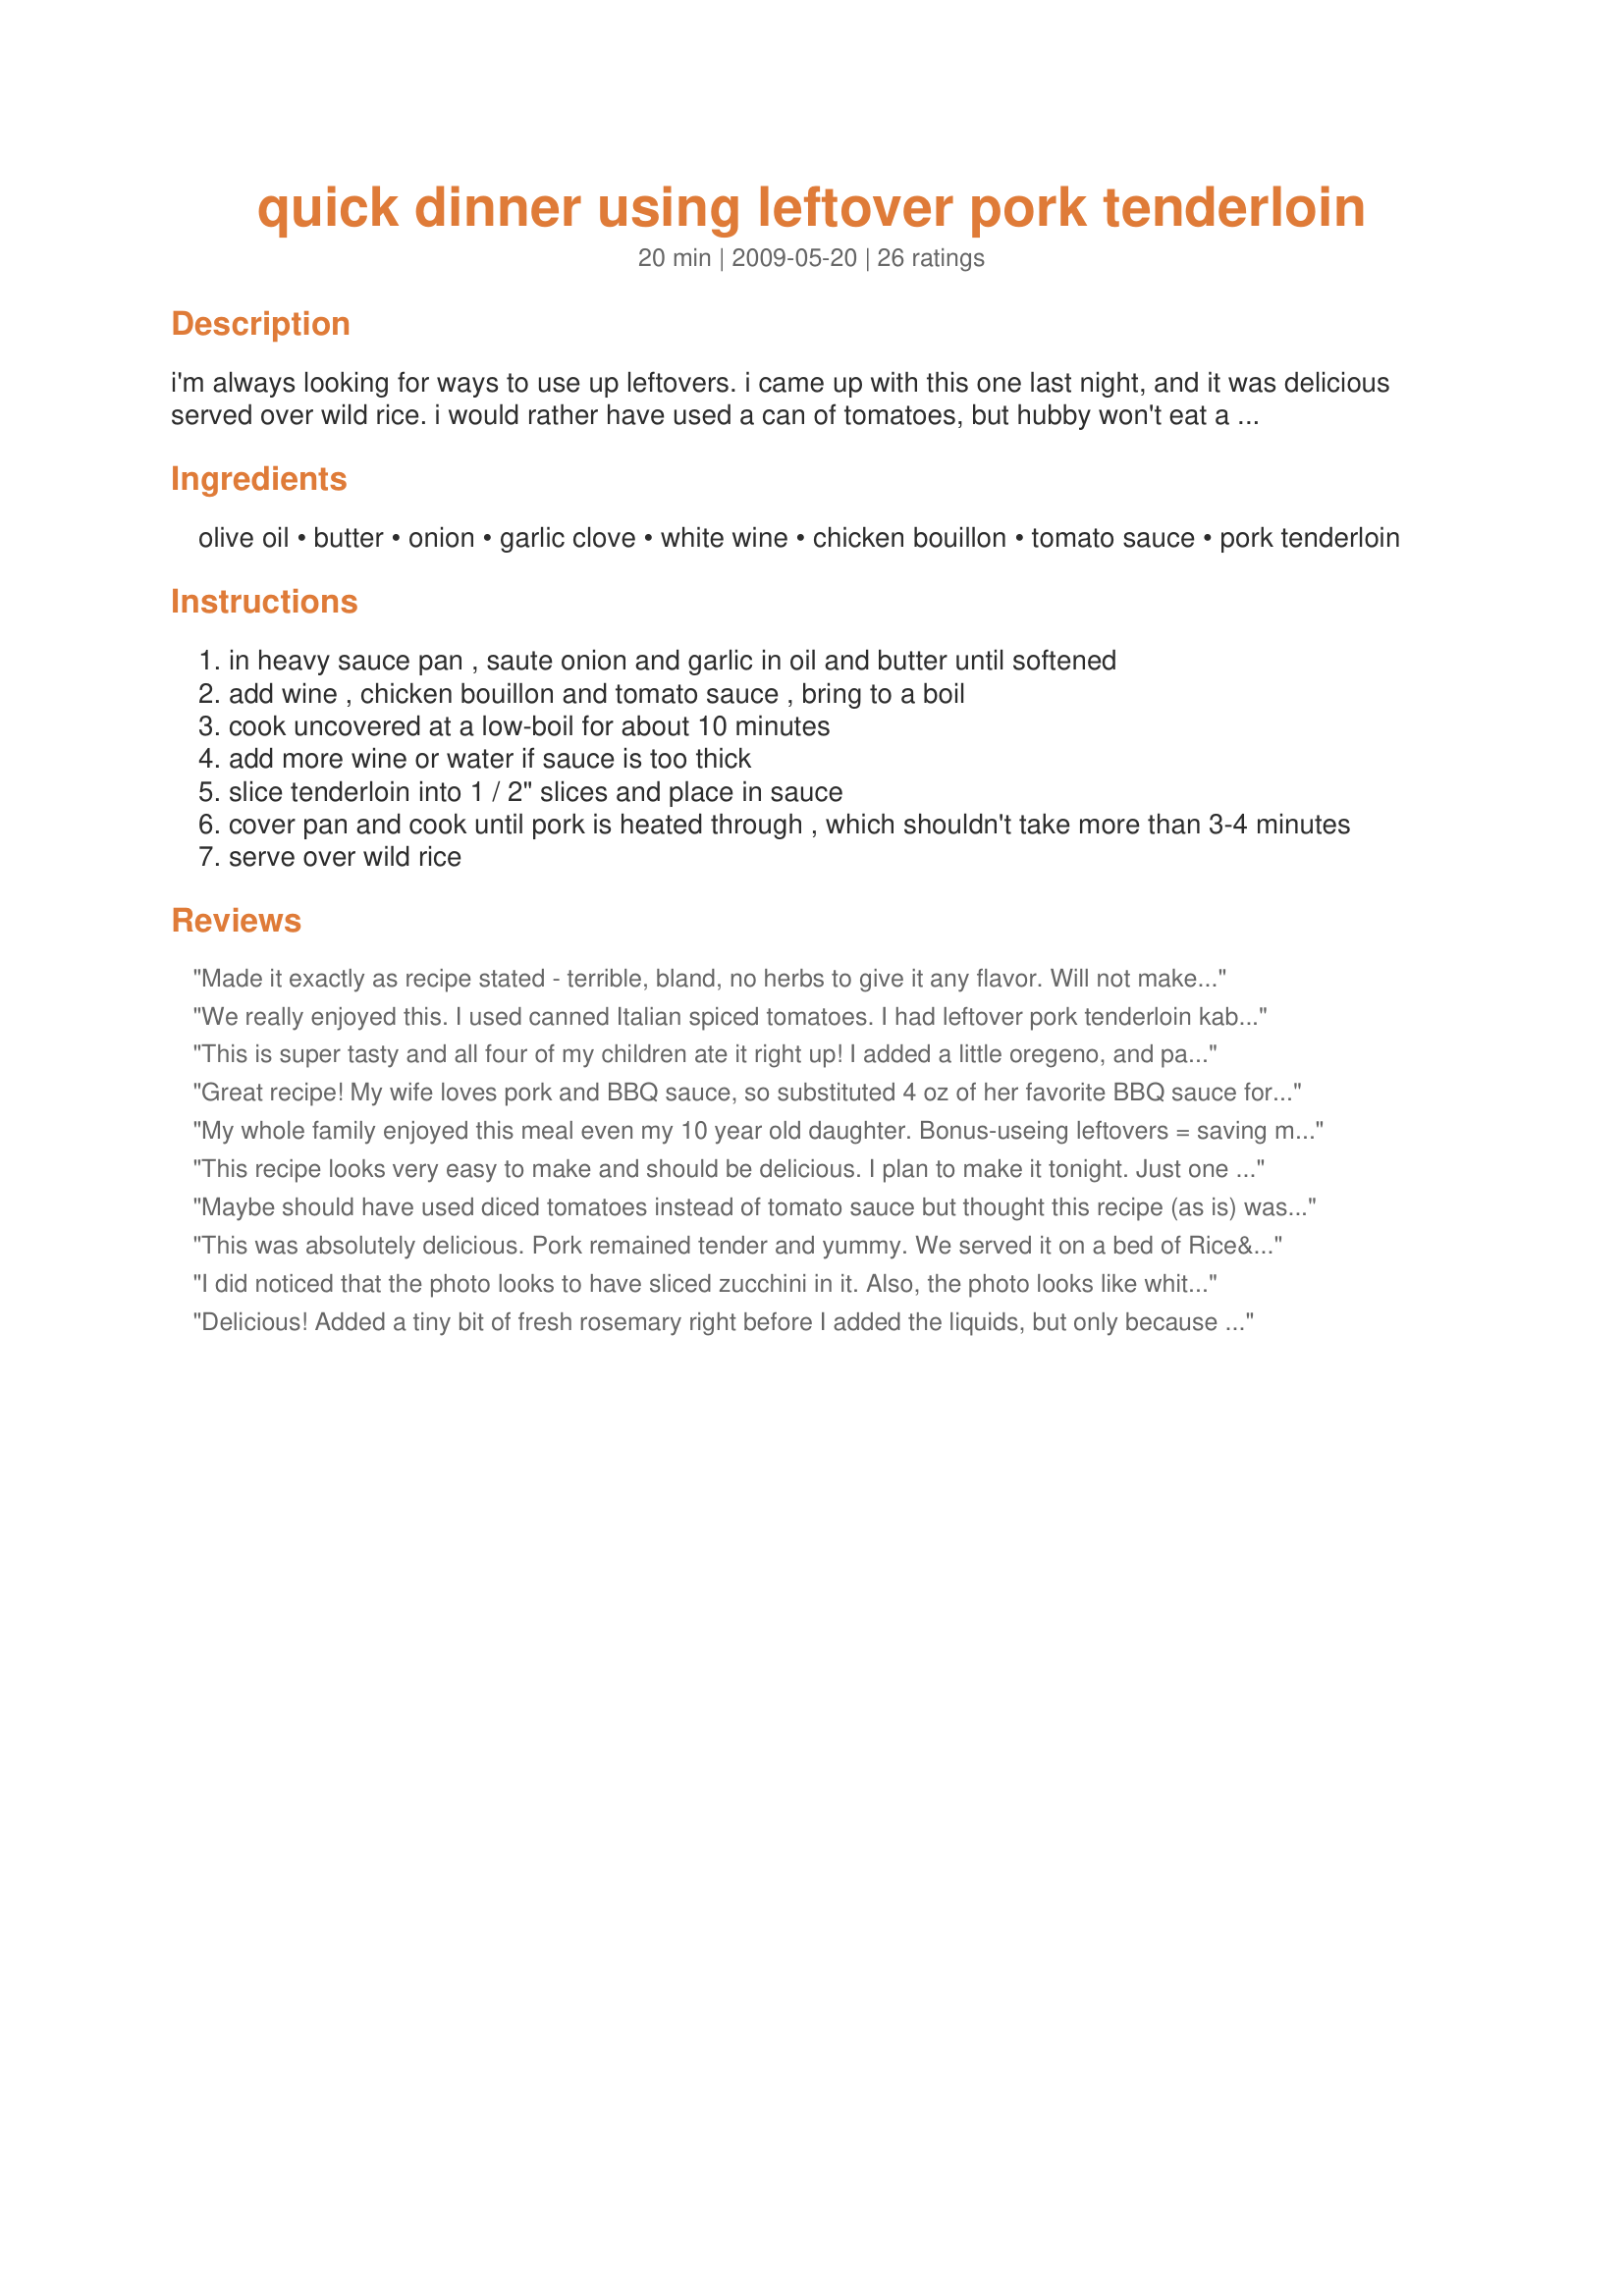
quick dinner using leftover pork tenderloin
Preparation time: 20 minutes

i'm always looking for ways to use up leftovers. i came up with this one last night, and it was delicious served over wild rice. i would rather have used a can of tomatoes, but hubby won't eat a cooked tomato that he can actually see...oh well!

Ingredients:
olive oil, butter, onion, garlic clove, white wine, chicken bouillon, tomato sauce, pork tenderloin

Steps:
in heavy sauce pan , saute onion and garlic in oil and butter until softened
add wine , chicken bouillon and tomato sauce , bring to a boil
cook uncovered at a low-boil for about 10 minutes
add more wine or water if sauce is too thick
slice tenderloin into 1 / 2" slices and place in sauce
cover pan and cook until pork is heated through , which shouldn't take more than 3-4 minutes
serve over wild rice

Reviews:
Made it exactly as recipe stated - terrible, bland, no herbs to give it any flavor. Will not make again.
We really enjoyed this. I used canned Italian spiced tomatoes. I had leftover pork tenderloin kabobs and some leftover grilled veggies. I used chicken broth instead of a boullion cube and wine. Before throwing in the pork and grilled vegetables, I added a couple of handfuls of uncooked no-yolk egg noodles, with some additional broth to compensate for the noodles. When the noodles were almost tender I added the pork and veggies and cooked until warmed through. Tasty one pot meal.
This is super tasty and all four of my children ate it right up! I added a little oregeno, and parsley, and topped with zucchini pan seared in butter, garlic and salt.
Great recipe! My wife loves pork and BBQ sauce, so substituted 4 oz of her favorite BBQ sauce for the tomato sauce and she loved it.
My whole family enjoyed this meal even my 10 year old daughter. Bonus-useing leftovers = saving money!
:-D It adds up.
This recipe looks very easy to make and should be delicious. I plan to make it tonight. Just one thing...I believe the garlic clove should be minced and sauteed along with the onion. Where's the garlic?!!!!
Maybe should have used diced tomatoes instead of tomato sauce but thought this recipe (as is) was bitter and had a terrible aftertaste. Added a dash of Worchestershire Sauce, 1-2 tsp of brown sugar (to off-set the bitterness) and approx 1/2 cup sour cream (to smooth out the taste). Still not great but hope it mellows as it sits. May be calling for pizza if noses start turning up at the dinner table.
This was absolutely delicious. Pork remained tender and yummy. We served it on a bed of Rice&#039;a&#039;roni&#039;s long grain and wild rice. Even my 15 month old loved it! I will be making this again and again.
I did noticed that the photo looks to have sliced zucchini in it. Also, the photo looks like white rice instead of wild rice.Ingredients don't reflect that. Trying the recipe now.
Delicious! Added a tiny bit of fresh rosemary right before I added the liquids, but only because I discovered I was out of garlic (gasp!). Really, really tasty. Both kids had seconds. The best thing about this recipe is that my leftover pork did not taste like leftover pork, for the first time ever. :)
This was really good! I had a whole pork tenderloin left over and now it&#039;s all gone! I did make a couple of changes, only because I didn&#039;t have everything on hand. I left out the onion and I used beef granules instead of chicken. It turned out really good! I put it over cauliflower mash for me and white rice for my kiddos that haven&#039;t acquired the taste for cauliflower quite yet. This recipe is saved for sure!
I was looking for a recipe to use up some leftover pork loin and this was a good solution. I used a can of diced tomatoes rather than the sauce, and to make it a little heartier, I added a can of Great Northern beans (rinsed), as I was simmering the sauce. I also added some crushed, dried rosemary to the onions and garlic during step #1. Turned out well.
I used a cheap Chardonnay (Rex-Goliath), diced the tenderloin and onions, added diced zucchini and served over quinoa. Loved it!
I followed the recipe right up until I also added thinly sliced zucchini and yellow squash. I also minced 2 garlic cloves. Wonderful and so fast and easy!! Thanks
Over the weekend I grilled a huge pork tenderloin. I seasoned it very simply because I knew I would want to transform it some during the week. I made this last night; the only change was to add some Italian seasonings. Yum! Will be making this again the next time I have leftover pork!
Quick, easy, and tasty as promised. I served with risotto.
This recipe was perfect! I believe you should follow a recipe before you decide to change it. You can tweak it the next time around. I did fear this would have a heavy tomato taste and it did not at all. I followed it, loved it and when I made it again, I "changed" it, added another garlic clove, nothing more. I'm making it again tonight for chicken. Leftover pork is always horrible reheated in any way. This recipe will save a lot of pork from being thrown out as tasteless left-overs. This sauce is a keeper, exactly the way it is presented. I use Knorr chicken bullion only. It's soft enough to press into a measuring spoon. I use a garlic press for most recipes. Add garlic for several seconds before adding liquid. No chance in it burning that way. If you don't follow the recipe exactly, you will never know how good this tastes.
This was great! It was so easy and very tasty! At first the family looked at it like - oh no what is this, but after they had a bite decided it was terrific. Thank you.
Oh.My.Goodness.This.Is.Fantastic!! I made this recipe exactly except we used home-canned pork (Boston butt) and doubled the recipe. Really, I can't express just how good this tasted and lunch the next day was even better. I cannot wait to make this again. Thank you so much. I might give your idea of a can of tomatoes a go next time just to see how it tuns out. Awesome recipe puppitypup!!
I made this for my picky eater he ate 2nds I added some pasta omitted the rice this was a big hit I will be making this again thank you so much for posting
Love this recipe! What a great way to use any leftover meat. I made a few changes: omitted the butter and halved the boullion (I didn't have a low sodium option); added some yellow pepper slices, red pepper flakes, and ended with some chopped green onions. Was mainly trying to use things in the refrigerator. I also took her advice & used a can of diced tomatoes instead of the sauce (as we love tomatoes!) I added a teaspoon of tomato paste. What a delicious meal! I just had the leftovers for lunch today. Yummo. <br/><br/>Thanks puppitypup!
I made this tonight for my family with tenderloin we grilled a few nights ago. I used petite cut canned tomatoes and served it over rice. Not only is it delicious, it's quick and easy to make. Silly Mimi
We made this using the BBQ sauce, This recipe is perfect for 2. Next time I will quadruple the recipe and use the 16 ounce can of tomato sauce. GOOD Recipe, but we eat and cook big around here. We did add about a half of a bell pepper
I could not believe how delicious this was. Because I didn&#039;t have all the ingredients, I had to add red wine instead of white. Doubled the recipe: added 8oz tomato sauce and about 3/4 cup white and 1/2 cup chicken broth. Also chopped some carrot - I think mushrooms would be good too. Great way to use leftover pork.
This turned out great! The only thing I changed was the amount of wine because I only had about 1/2 cup. So I added enough chicken stock to make the one cup liquid. I still added the chicken bouillon just the same. We loved it! Thanks!
Gross...not good, tasted contrived, did not blend well at all. Wasted some really good leftovers!
